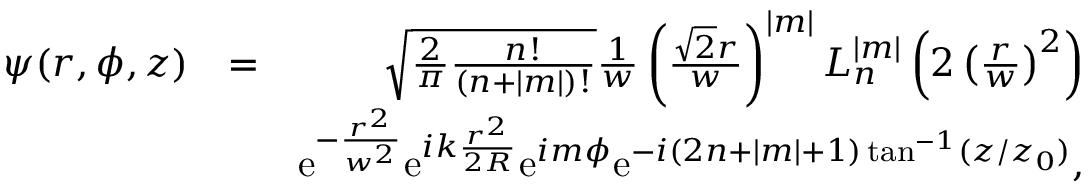
\begin{array} { r l r } { \psi ( r , \phi , z ) } & { = } & { \sqrt { \frac { 2 } { \pi } \frac { n ! } { ( n + | m | ) ! } } \frac { 1 } { w } \left( \frac { \sqrt { 2 } r } { w } \right) ^ { | m | } L _ { n } ^ { | m | } \left( 2 \left( \frac { r } { w } \right) ^ { 2 } \right) } \\ & { } & { \mathrm { e } ^ { - \frac { r ^ { 2 } } { w ^ { 2 } } } \mathrm { e } ^ { i k \frac { r ^ { 2 } } { 2 R } } \mathrm { e } ^ { i m \phi } \mathrm { e } ^ { - i ( 2 n + | m | + 1 ) \tan ^ { - 1 } ( z / z _ { 0 } ) } , } \end{array}